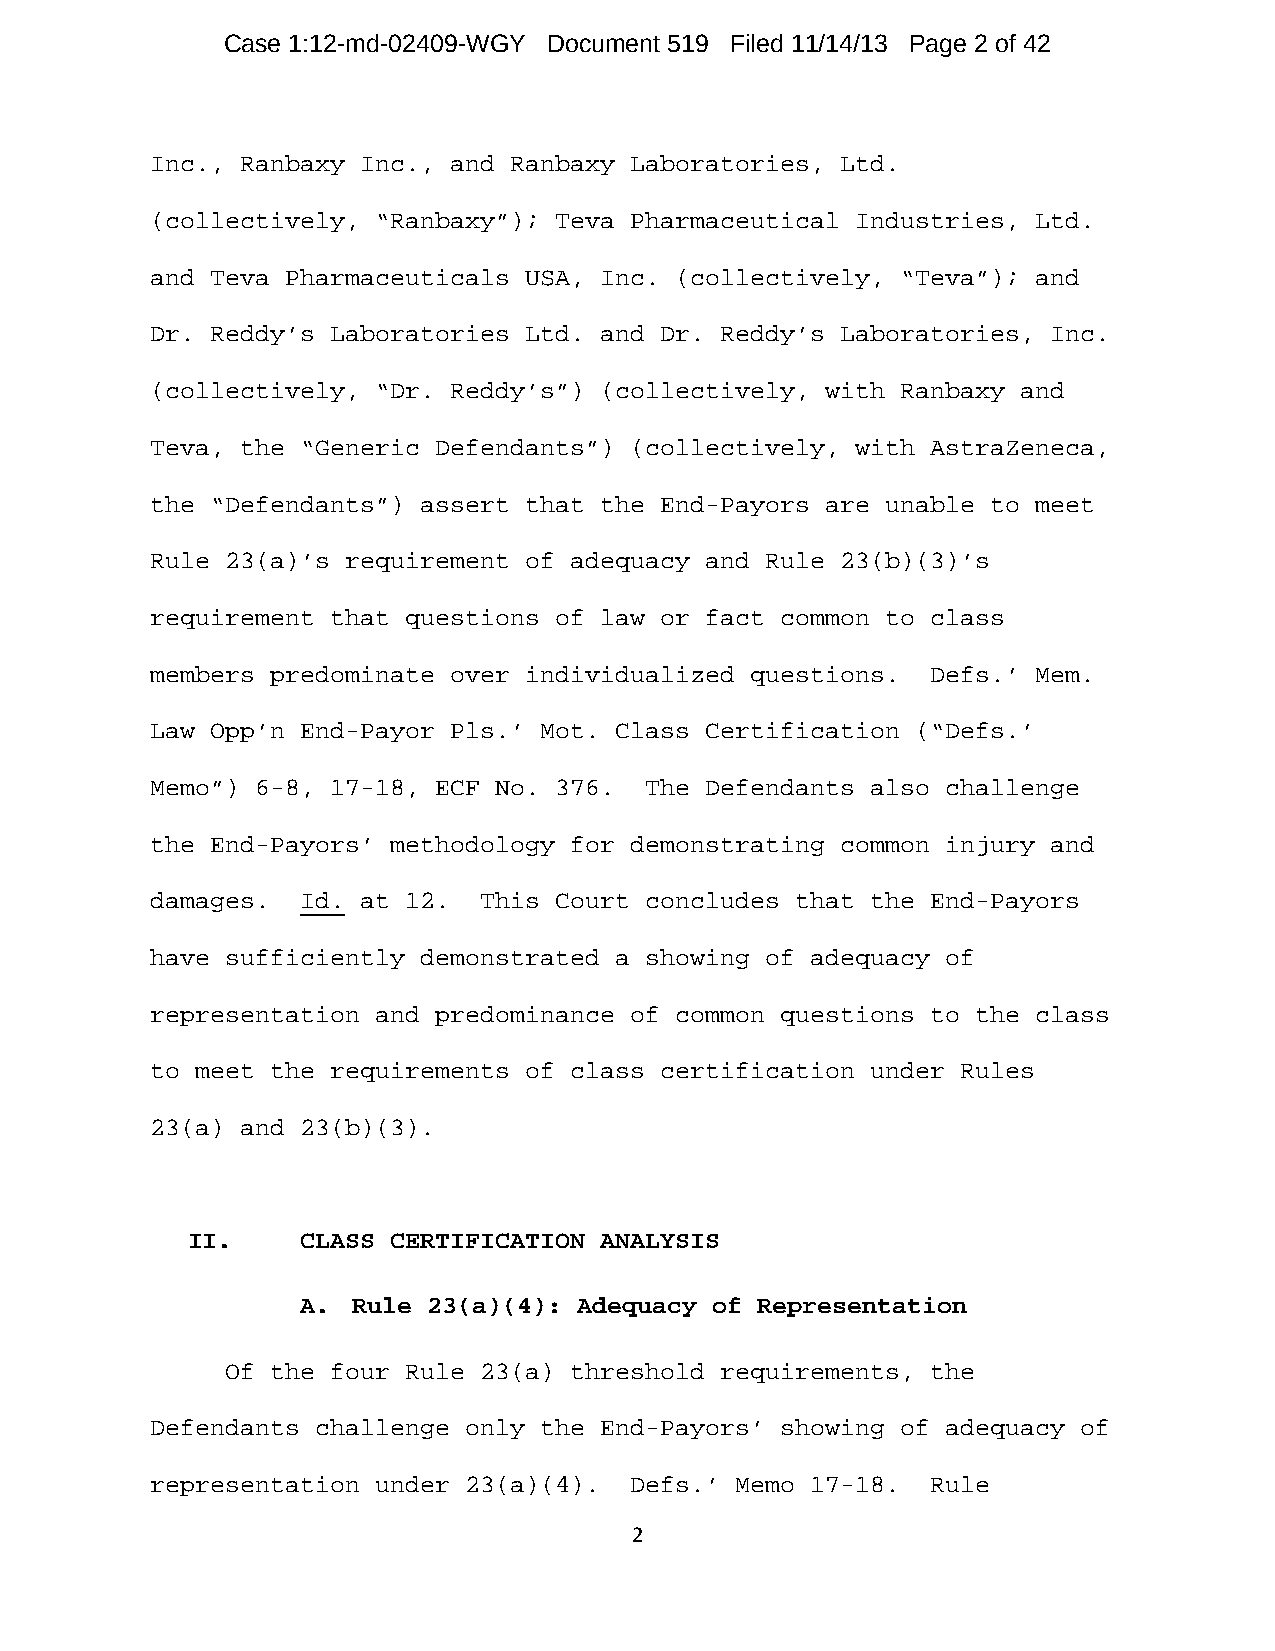
Case 1:12-md-02409-WGY Document 519 Filed 11/14/13 Page 2 of 42
 Inc., Ranbaxy Inc., and Ranbaxy Laboratories, Ltd.
 (collectively, “Ranbaxy”); Teva Pharmaceutical Industries, Ltd.
 and Teva Pharmaceuticals USA, Inc. (collectively, “Teva”); and
 Dr. Reddy’s Laboratories Ltd. and Dr. Reddy’s Laboratories, Inc.
 (collectively, “Dr. Reddy’s”) (collectively, with Ranbaxy and
 Teva, the “Generic Defendants”) (collectively, with AstraZeneca,
 the “Defendants”) assert that the End-Payors are unable to meet
 Rule 23(a)’s requirement of adequacy and Rule 23(b)(3)’s
 requirement that questions of law or fact common to class
 members predominate over individualized questions.  Defs.’ Mem.
 Law Opp’n End-Payor Pls.’ Mot. Class Certification (“Defs.’
 Memo”) 6-8, 17-18, ECF No. 376.  The Defendants also challenge
 the End-Payors’ methodology for demonstrating common injury and
 damages.  Id. at 12.  This Court concludes that the End-Payors
 have sufficiently demonstrated a showing of adequacy of
 representation and predominance of common questions to the class
 to meet the requirements of class certification under Rules
 23(a) and 23(b)(3).
 II.     CLASS CERTIFICATION ANALYSIS
 A. Rule 23(a)(4): Adequacy of Representation
 Of the four Rule 23(a) threshold requirements, the
 Defendants challenge only the End-Payors’ showing of adequacy of
 representation under 23(a)(4).  Defs.’ Memo 17-18.  Rule
 2